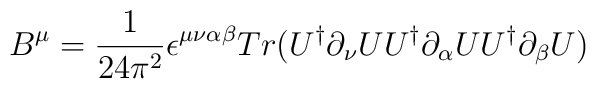
B^\mu =\frac{1}{24\pi^2}  \epsilon^{\mu \nu \alpha \beta} Tr (U^\dagger\partial_\nu U U^\dagger \partial_\alpha U U^\dagger \partial_\beta U )